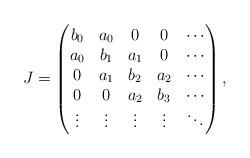
LaTeX: \begin{align*}J=\begin{pmatrix} b_0 & a_0 & 0 & 0 & \cdots \\ a_0 & b_1 & a_1 & 0 & \cdots \\ 0 & a_1 & b_2 & a_2 & \cdots \\ 0 & 0 & a_2 & b_3 & \cdots \\ \vdots & \vdots & \vdots & \vdots & \ddots \end{pmatrix},\end{align*}